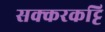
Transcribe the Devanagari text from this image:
सक्करकट्टि